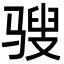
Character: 𩨄